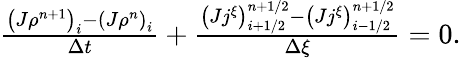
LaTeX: \begin{array}{r}{\frac{\left(J\rho^{n+1}\right)_{i}-\left(J\rho^{n}\right)_{i}}{\Delta t}+\frac{\left(Jj^{\xi}\right)_{i+1/2}^{n+1/2}-\left(Jj^{\xi}\right)_{i-1/2}^{n+1/2}}{\Delta\xi}=0.}\end{array}